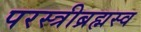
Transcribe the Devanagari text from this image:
परस्त्रीब्रह्मस्व